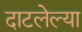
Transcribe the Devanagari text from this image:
दाटलेल्या